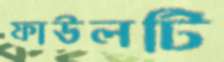
ফাউলটি